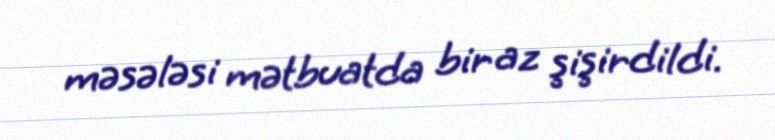
məsələsi mətbuatda bir az şişirdildi.